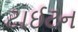
ટાઈટન